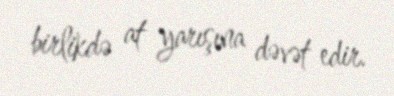
birlikdə at yarışına dəvət edir.